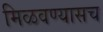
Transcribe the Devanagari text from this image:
मिळवण्यासच